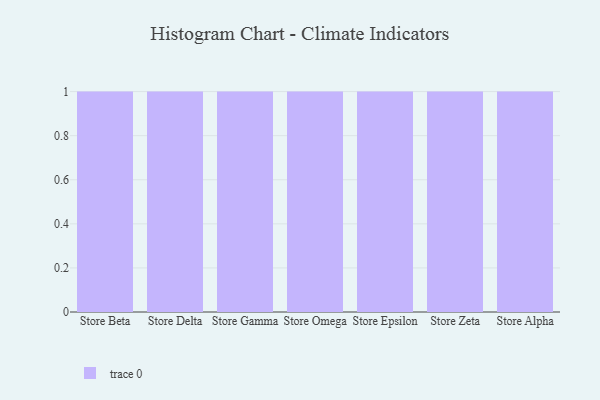
{"axis": {"x": "Store", "y": "Latency (ms)"}, "legend": [""], "data": [{"x": "Store Beta", "y": 34, "type": ""}, {"x": "Store Delta", "y": 74, "type": ""}, {"x": "Store Gamma", "y": 23, "type": ""}, {"x": "Store Omega", "y": 58, "type": ""}, {"x": "Store Epsilon", "y": 72, "type": ""}, {"x": "Store Zeta", "y": 46, "type": ""}, {"x": "Store Alpha", "y": 55, "type": ""}]}